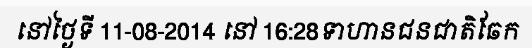
នៅថ្ងៃទី 11-08-2014 នៅ 16:28ទាហានជនជាតិឆែក